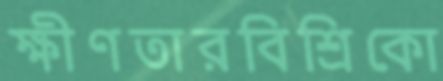
ক্ষীণতারবিশ্রিকো